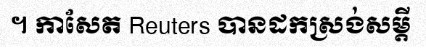
។ កាសែត Reuters បានដកស្រង់សម្តី